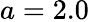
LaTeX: a=2.0